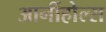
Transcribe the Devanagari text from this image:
आर्नीहोल्स